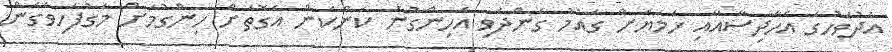
އެދުވަހުގެ އެހާދިސާއާއި ހަމަޔަށް ގައުމު ގެންދެވި އެހިންގުނު ކަންކަން އެގޮތަށް ހިންގުމަށް މަގުފަހިވެގެން